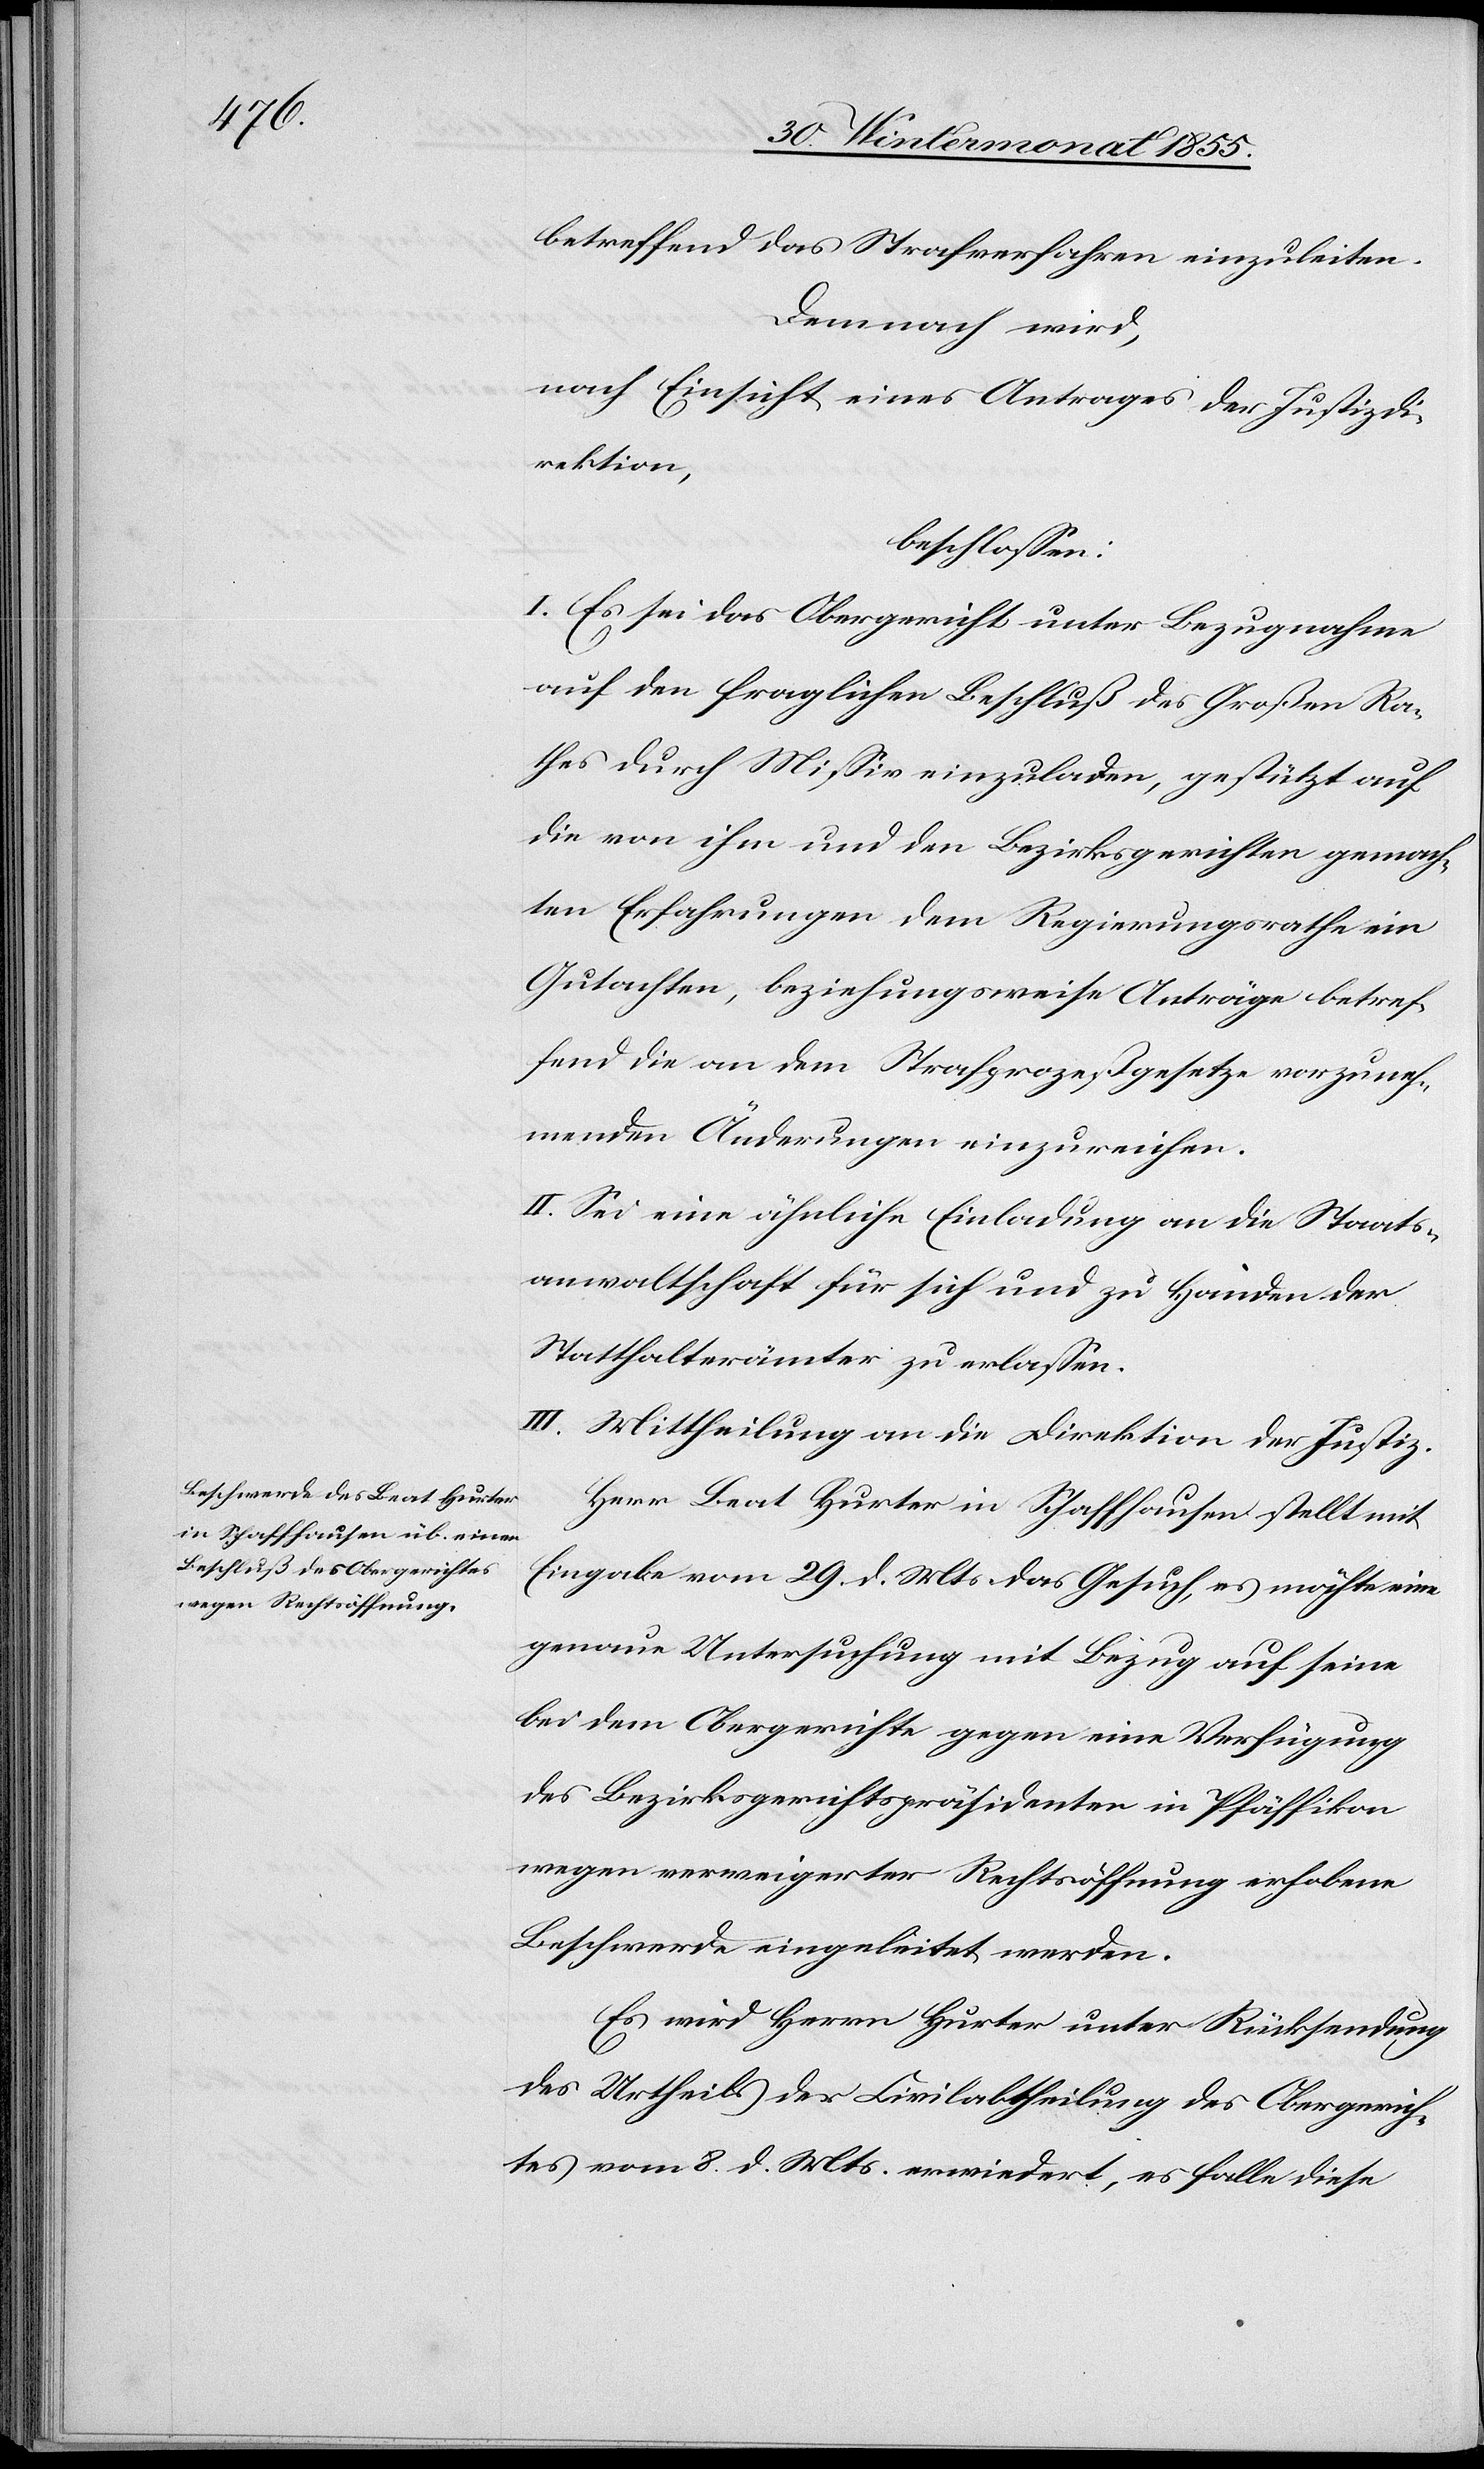
betreffend das Strafverfahren einzuleiten.
Demnach wird,
nach Einsicht eines Antrages der Justizdi¬
rektion,
beschlossen:
I. Es sei das Obergericht unter Bezugnahme
auf den fraglichen Beschluß des Großen Ra¬
thes durch Missiv einzuladen, gestützt auf
die von ihm und den Bezirksgerichten gemach¬
ten Erfahrungen dem Regierungsrathe ein
Gutachten, beziehungsweise Anträge betref¬
fend die an dem Strafprozeßgesetze vorzuneh¬
menden Änderungen einzureichen.
II. Sei eine ähnliche Einladung an die Staats¬
anwaltschaft für sich und zu Handen der
Statthalterämter zu erlassen.
III. Mittheilung an die Direktion der Justiz.
Herr Beat Hurter in Schaffhausen stellt mit
Eingabe vom 29. d. Mts. das Gesuch, es möchte eine
genaue Untersuchung mit Bezug auf seine
bei dem Obergerichte gegen eine Verfügung
des Bezirksgerichtspräsidenten in Pfäffikon
wegen verweigerter Rechtsöffnung erhobene
Beschwerde eingeleitet werden.
Es wird Herrn Hurter unter Rücksendung
des Urtheils der Civilabtheilung des Obergerich¬
tes vom 8. d. Mts. erwiedert, es falle diese